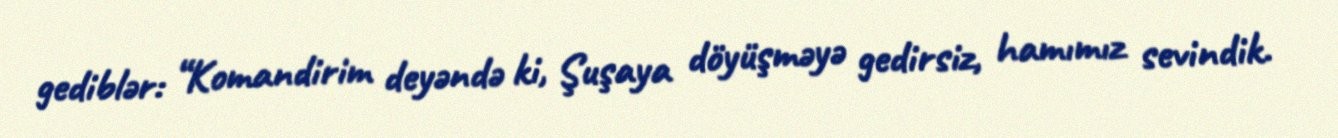
gediblər: “Komandirim deyəndə ki, Şuşaya döyüşməyə gedirsiz, hamımız sevindik.